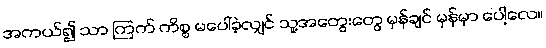
အကယ်၍ သာ ကြက် ကိစ္စ မပေါ်ခဲ့လျှင် သူ့အတွေးတွေ မှန်ချင် မှန်မှာ ပေါ့လေ။